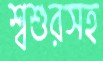
শ্বশুরসহ